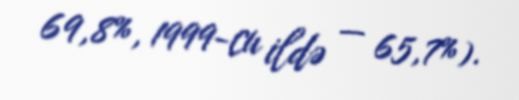
69,8%, 1999-cu ildə — 65,7%).